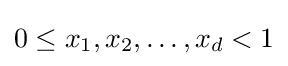
0\leq x_{1},x_{2},\dots ,x_{d}<1